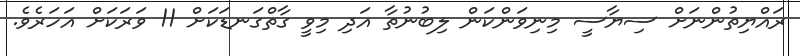
ރައްޔިތުންނަށް ސިޔާސީ މިނިވަންކަން ލިބުނުތާ އަދި މިވީ ގާތްގަނޑަކަށް 11 ވަރަކަށް އަހަރެވެ.